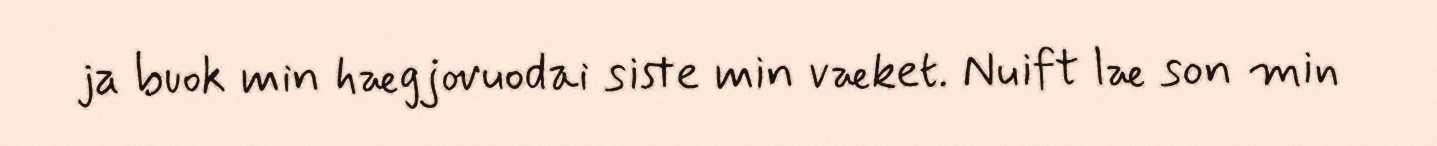
ja buok min hægjovuodai siste min væket. Nuift læ son min